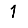
Digit: 1